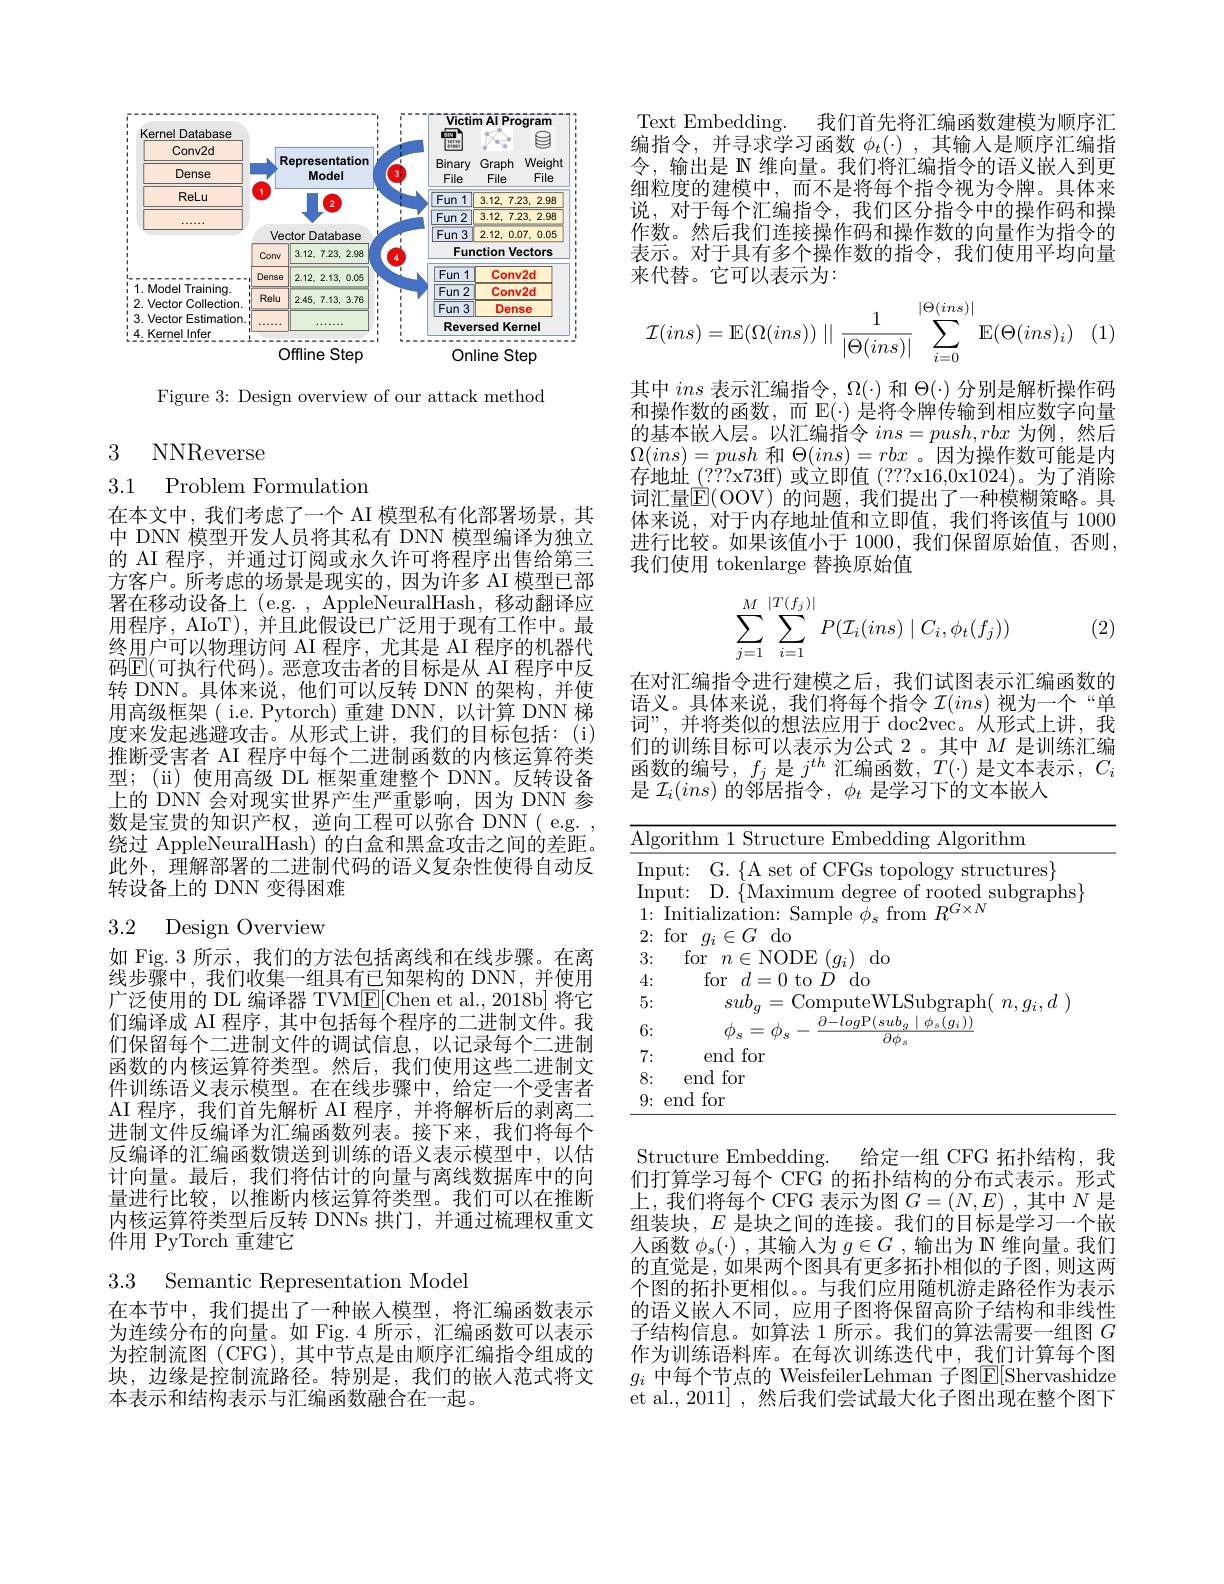
<FigureHere>

Figure 3: Design overview of our attack method

3 NNReverse

3.1 Problem Formulation

在本文中，我们考虑了一个 AI 模型私有化部署场景，其中 DNN 模型开发人员将其私有 DNN 模型编译为独立的 AI 程序，并通过订阅或永久许可将程序出售给第三方客户。所考虑的场景是现实的，因为许多 AI 模型已部署在移动设备上(e.g. , AppleNeuralHash, 移动翻译应用程序，AIoT), 并且此假设已广泛用于现有工作中。最终用户可以物理访问 AI 程序，尤其是 AI 程序的机器代码$\overline{\mathrm{E}}($可执行代码)。恶意攻击者的目标是从 AI 程序中反转 DNN。具体来说，他们可以反转 DNN 的架构，并使用高级框架( i.e. Pytorch) 重建 DNN, 以计算 DNN 梯度来发起逃避攻击。从形式上讲，我们的目标包括：(i) 推断受害者 AI 程序中每个二进制函数的内核运算符类型；(ii) 使用高级 DL 框架重建整个 DNN。反转设备上的 DNN 会对现实世界产生严重影响，因为 DNN 参数是宝贵的知识产权，逆向工程可以弥合 DNN( e.g. , 绕过 AppleNeuralHash) 的白盒和黑盒攻击之间的差距。此外，理解部署的二进制代码的语义复杂性使得自动反转设备上的 DNN 变得困难

# 3.2 Design Overview

如 Fig. 3 所示，我们的方法包括离线和在线步骤。在离线步骤中，我们收集一组具有已知架构的 DNN,并使用广泛使用的 DL 编译器 TVM$\underline{\mathrm{E}}[$Chen et al., 2018b] 将它们编译成 AI 程序，其中包括每个程序的二进制文件。我们保留每个二进制文件的调试信息，以记录每个二进制函数的内核运算符类型。然后，我们使用这些二进制文件训练语义表示模型。在在线步骤中，给定一个受害者AI 程序，我们首先解析 AI 程序，并将解析后的剥离二进制文件反编译为汇编函数列表。接下来，我们将每个反编译的汇编函数馈送到训练的语义表示模型中，以估计向量。最后，我们将估计的向量与离线数据库中的向量进行比较，以推断内核运算符类型。我们可以在推断内核运算符类型后反转 DNNs 拱门，并通过梳理权重文件用 PyTorch 重建它

3.3 Semantic Representation Model

在本节中，我们提出了一种嵌入模型，将汇编函数表示为连续分布的向量。如 Fig.4 所示，汇编函数可以表示为控制流图 (CFG), 其中节点是由顺序汇编指令组成的块，边缘是控制流路径。特别是，我们的嵌人范式将文本表示和结构表示与汇编函数融合在一起。

Text Embedding. 我们首先将汇编函数建模为顺序汇编指令，并寻求学习函数$\phi_t(\cdot)$,其输入是顺序汇编指令，输出是 N 维向量。我们将汇编指令的语义嵌入到更细粒度的建模中，而不是将每个指令视为令牌。具体来说，对于每个汇编指令，我们区分指令中的操作码和操作数。然后我们连接操作码和操作数的向量作为指令的表示。对于具有多个操作数的指令，我们使用平均向量来代替。它可以表示为：
$$\mathcal{I}(ins)=\operatorname{E}(\Omega(ins))\parallel\dfrac{1}{|\Theta(ins)|}\sum_{i=0}^{|\Theta(ins)|}\operatorname{E}(\Theta(ins)_i)$$
其中ins表示汇编指令，$\Omega(\cdot)$和$\Theta(\cdot)$分别是解析操作码和操作数的函数，而$\mathbb{E}(\cdot)$是将令牌传输到相应数字向量的基本嵌人层。以汇编指令$ins=push,rbx$为例，然后$\Omega(ins)=push$和$\Theta(ins)=rbx$ 。因为操作数可能是内存地址\_(7??x73f) 或立即值 (7??x16,0x1024)。为了消除词汇量$\mathbb{E}($OOV)的问题，我们提出了一种模糊策略。具体来说，对于内存地址值和立即值，我们将该值与 1000进行比较。如果该值小于 1000,我们保留原始值，否则， 我们使用 tokenlarge 替换原始值
$$\sum_{j=1}^M\sum_{i=1}^{|T(f_j)|}P(\mathcal{I}_i(ins)\mid C_i,\phi_t(f_j))$$
(2)

在对汇编指令进行建模之后，我们试图表示汇编函数的语义。具体来说，我们将每个指令$\mathcal{I}(ins)$视为一个“单词”,并将类似的想法应用于 doc2vec。从形式上讲，我们的训练目标可以表示为公式 2。其中$M$是训练汇编函数的编号，$f_j$是$j^th$汇编函数，$T(\cdot)$是文本表示$,C_i$ 是$\mathcal{I}_i(ins)$的邻居指令，$\phi_t$是学习下的文本嵌入

<table>
	<tbody>
		<tr>
			<td>$\overline{{\mathrm{Alg}}}$</td>
			<td>rithm 1 Structure Embedding Algorithm</td>
		</tr>
		<tr>
			<td>4:</td>
			<td>for $d=0$ 1 $t_{0}$ $D$ do</td>
		</tr>
		<tr>
			<td>5: 1 1 1</td>
			<td>$n,q_{i},a$</td>
		</tr>
		<tr>
			<td>6:</td>
			<td>$\phi_{\mathrm{s}}:$ = $\textcircled{1}$ $\phi_{s}(g_{i}))$ $\overline{\partial\phi}$</td>
		</tr>
		<tr>
			<td>7:</td>
			<td>end for</td>
		</tr>
		<tr>
			<td>8:</td>
			<td>end for</td>
		</tr>
		<tr>
			<td>9:</td>
			<td>$md$ for</td>
		</tr>
	</tbody>
</table>

Structure Embedding.
给定一组 CFG 拓扑结构，我
们打算学习每个 CFG 的拓扑结构的分布式表示。形式上，我们将每个 CFG 表示为图$G=(N,E)$ ,其中$N$是组装块，$E$是块之间的连接。我们的目标是学习一个嵌人函数$\phi_s(\cdot)$ ,其输入为$g\in G$ ,输出为 N 维向量。我们的直觉是，如果两个图具有更多拓扑相似的子图，则这两个图的拓扑更相似。。与我们应用随机游走路径作为表示的语义嵌人不同，应用子图将保留高阶子结构和非线性子结构信息。如算法 1 所示。我们的算法需要一组图$G$ 作为训练语料库。在每次训练迭代中，我们计算每个图$g_i$ 中每个节点的 WeisfeilerLehman 子图$\overline{\mathrm{E}}[$Shervashidze et al., 2011] ,然后我们尝试最大化子图出现在整个图下